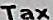
TAX